Elephants and their diseases
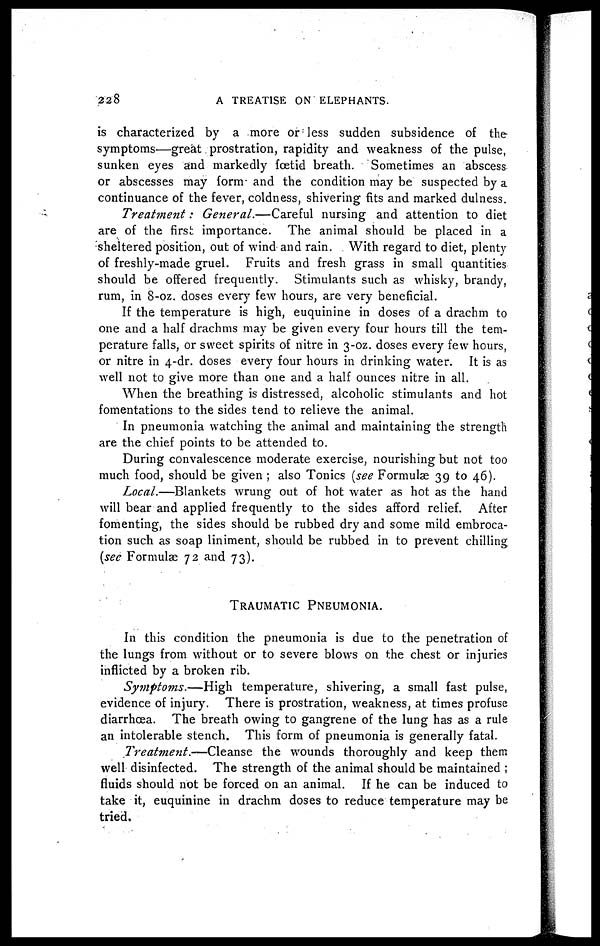
228
A TREATISE ON ELEPHANTS.
is characterized by a more or less sudden subsidence of the
symptoms—great prostration, rapidity and weakness of the pulse,
sunken eyes and markedly foetid breath. Sometimes an abscess
or abscesses may form and the condition may be suspected by a
continuance of the fever, coldness, shivering fits and marked dulness.
Treatment : General.—Careful
nursing and attention to diet
are of the first importance. The animal should be placed in a
sheltered position, out of wind and rain. With regard to diet, plenty
of freshly-made gruel. Fruits and fresh grass in small quantities
should be offered frequently. Stimulants such as whisky, brandy,
rum, in 8-oz. doses every few hours, are very beneficial.
If the temperature is high, euquinine in doses of a drachm to
one and a half drachms may be given every four hours till the tem-
perature falls, or sweet spirits of nitre in 3-oz. doses every few hours,
or nitre in 4-dr. doses every four hours in drinking water. It is as
well not to give more than one and a half ounces nitre in all.
When the breathing is distressed, alcoholic stimulants and hot
fomentations to the sides tend to relieve the animal.
In pneumonia watching the animal and maintaining the strength
are the chief points to be attended to.
During convalescence moderate exercise, nourishing but not too
much food, should be given ; also Tonics (see Formulae 39 to 46).
Local.—Blankets
wrung out of hot water as hot as the hand
will bear and applied frequently to the sides afford relief. After
fomenting, the sides should be rubbed dry and some mild embroca-
tion such as soap liniment, should be rubbed in to prevent chilling.
(see Formulae 72 and 73).
TRAUMATIC
PNEUMONIA.
In this condition the pneumonia is due to the penetration of
the lungs from without or to severe blows on the chest or injuries
inflicted by a broken rib.
Symptoms.—High
temperature, shivering, a small fast pulse,
evidence of injury. There is prostration, weakness, at times profuse
diarrhoea. The breath owing to gangrene of the lung has as a rule
an intolerable stench. This form of pneumonia is generally fatal.
Treatment.—Cleanse
the wounds thoroughly and keep them
well disinfected. The strength of the animal should be maintained ;
fluids should not be forced on an animal. If he can be induced to
take it, euquinine in drachm doses to reduce temperature may be
tried.